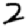
Digit: 2